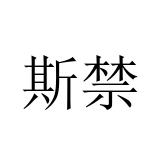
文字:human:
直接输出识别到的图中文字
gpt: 斯禁